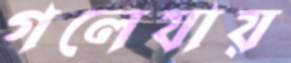
গলেযায়